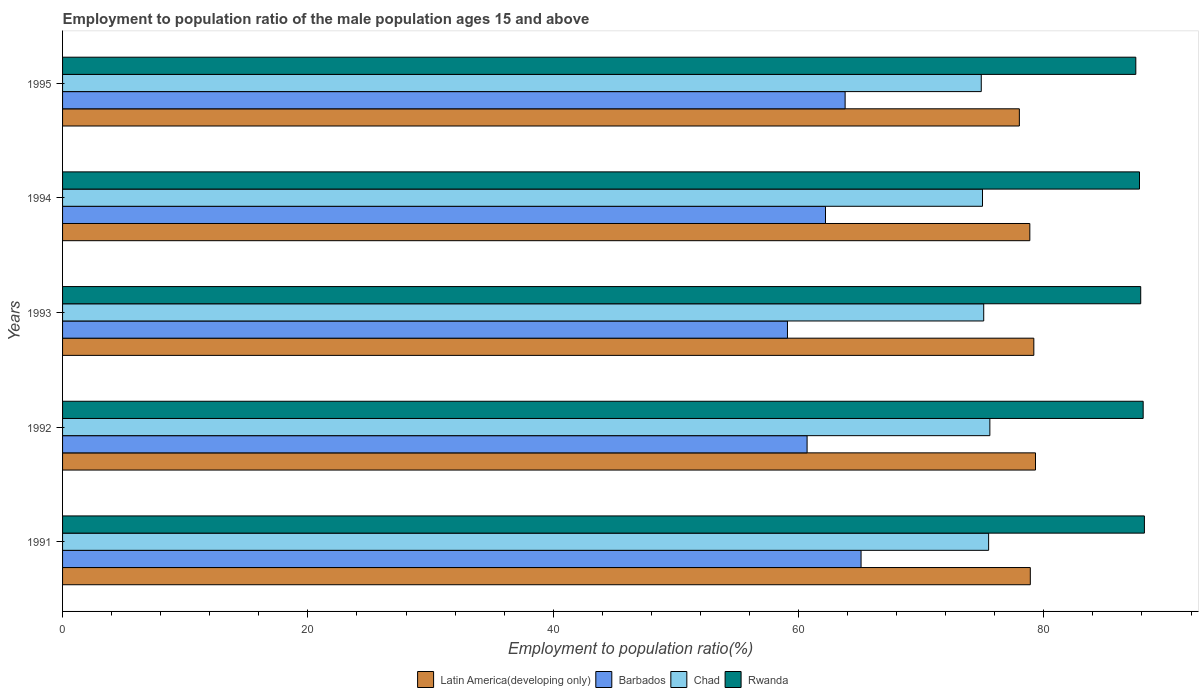
| Years | Latin America(developing only) | Barbados | Chad | Rwanda |
 | --- | --- | --- | --- | --- |
 | 1991 | 78.9 | 65.1 | 75.5 | 88.2 |
 | 1992 | 79.3 | 60.7 | 75.6 | 88.1 |
 | 1993 | 79.2 | 59.1 | 75.1 | 87.9 |
 | 1994 | 78.9 | 62.2 | 75 | 87.8 |
 | 1995 | 78 | 63.8 | 74.9 | 87.5 |